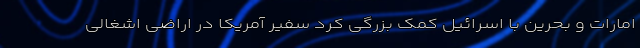
امارات و بحرین با اسرائیل کمک بزرگی کرد سفیر آمریکا در اراضی اشغالی